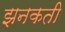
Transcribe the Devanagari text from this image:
झनकती